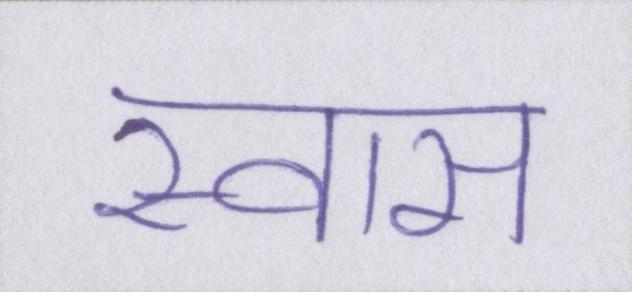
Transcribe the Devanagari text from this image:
स्वास